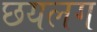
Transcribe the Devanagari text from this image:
छयलग